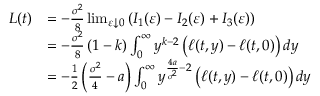
\begin{array} { r l } { L ( t ) } & { = - \frac { \sigma ^ { 2 } } { 8 } \operatorname* { l i m } _ { \varepsilon \downarrow 0 } \left( I _ { 1 } ( \varepsilon ) - I _ { 2 } ( \varepsilon ) + I _ { 3 } ( \varepsilon ) \right) } \\ & { = - \frac { \sigma ^ { 2 } } { 8 } \left( 1 - k \right) \int _ { 0 } ^ { \infty } y ^ { k - 2 } \left( \ell ( t , y ) - \ell ( t , 0 ) \right) d y } \\ & { = - \frac { 1 } { 2 } \left( \frac { \sigma ^ { 2 } } { 4 } - a \right) \int _ { 0 } ^ { \infty } y ^ { \frac { 4 a } { \sigma ^ { 2 } } - 2 } \left( \ell ( t , y ) - \ell ( t , 0 ) \right) d y } \end{array}